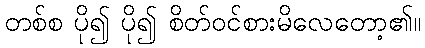
တစ်စ ပို၍ ပို၍ စိတ်ဝင်စားမိလေတော့၏။